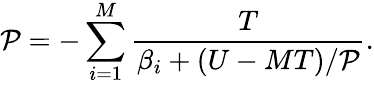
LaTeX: \mathcal{P}=-\sum_{i=1}^{M}\frac{T}{\beta_{i}+(U-MT)/\mathcal{P}}.